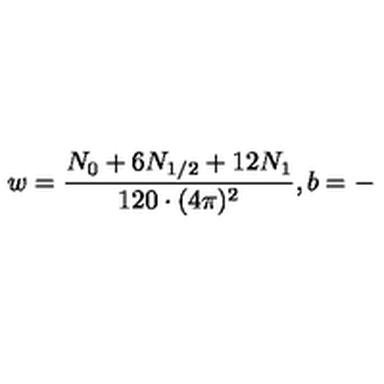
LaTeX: w = \frac { N _ { 0 } + 6 N _ { 1 / 2 } + 1 2 N _ { 1 } } { 1 2 0 \cdot ( 4 \pi ) ^ { 2 } } , b = - \,